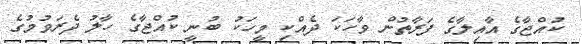
ކުއްޖާގެ އާއިލާގެ ފަރާތުން ވާހަކަ ދެއްކި މީހަކު ބުނީ ކުއްޖާގެ ހާލު ދެރަވުމުގެ